Annual administration report of the Civil Veterinary Department of India - 1894-1895
Year: 1894
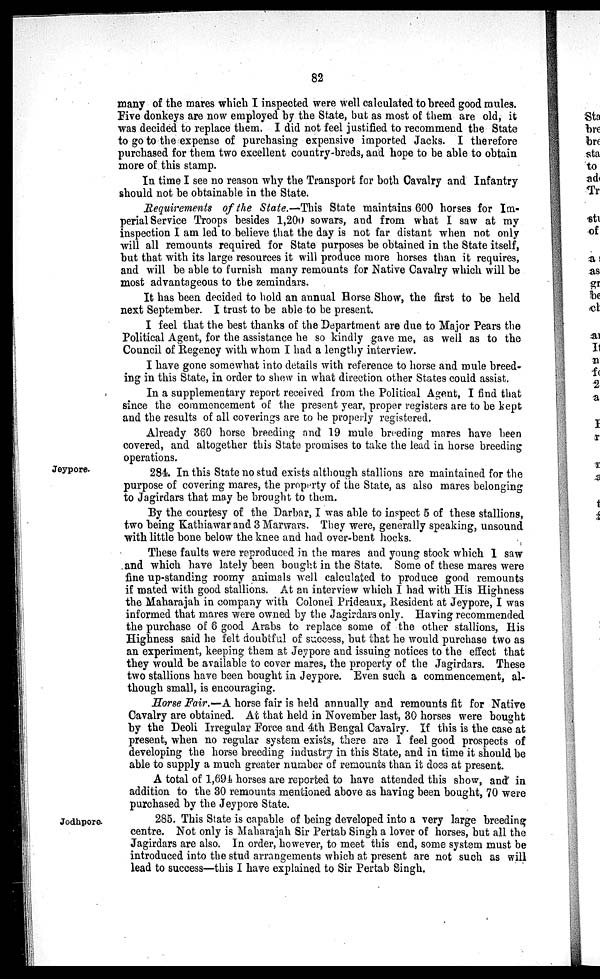
82
many of the mares which I inspected were well calculated to breed good mules.
Five donkeys are now employed by the State, but as most of them are old, it
was decided to replace them. I did not feel justified to recommend the State
to go to the expense of purchasing expensive imported Jacks. I therefore
purchased for them two excellent country-breds, and hope to be able to obtain
more of this stamp.
In time I see no reason why the Transport for both Cavalry and Infantry
should not be obtainable in the State.
Requirements of the State.—This State maintains 600 horses for Im-
perial Service Troops besides 1,200 sowars, and from what I saw at my
inspection I am led to believe that the day is not far distant when not only
will all remounts required for State purposes be obtained in the State itself,
but that with its large resources it will produce more horses than it requires,
and will be able to furnish many remounts for Native Cavalry which will be
most advantageous to the zemindars.
It has been decided to hold an annual Horse Show, the first to be held
next September. I trust to be able to be present.
I feel that the best thanks of the Department are due to Major Pears the
Political Agent, for the assistance he so kindly gave me, as well as to the
Council of Regency with whom I had a lengthy interview.
I have gone somewhat into details with reference to horse and mule breed-
ing in this State, in order to shew in what direction other States could assist.
In a supplementary report received from the Political Agent, I find that
since the commencement of the present year, proper registers are to be kept
and the results of all coverings are to be properly registered.
Already 360 horse breeding and 19 mule breeding mares have been
covered, and altogether this State promises to take the lead in horse breeding
operations.
Jeypore.
284. In this State no stud exists although stallions are maintained for the
purpose of covering mares, the property of the State, as also mares belonging
to Jagirdars that may be brought to them.
By the courtesy of the Darbar, I was able to inspect 5 of these stallions,
two being Kathiawar and 3 Marwars. They were, generally speaking, unsound
with little bone below the knee and had over-bent hocks.
These faults were reproduced in the mares and young stock which 1 saw
and which have lately been bought in the State. Some of these mares were
fine up-standing roomy animals well calculated to produce good remounts
if mated with good stallions. At an interview which I had with His Highness
the Maharajah in company with Colonel Prideaux, Resident at Jeypore, I was
informed that mares were owned by the Jagirdars only. Having recommended
the purchase of 6 good Arabs to replace some of the other stallions, His
Highness said he felt doubtful of success, but that he would purchase two as
an experiment, keeping them at Jeypore and issuing notices to the effect that
they would be available to cover mares, the property of the Jagirdars. These
two stallions have been bought in Jeypore. Even such a commencement, al-
though small, is encouraging.
Horse Fair.—A horse fair is held annually and remounts fit for Native
Cavalry are obtained. At that held in November last, 30 horses were bought
by the Deoli Irregular Force and 4th Bengal Cavalry. If this is the case at
present, when no regular system exists, there are I feel good prospects of
developing the horse breeding industry in this State, and in time it should be
able to supply a much greater number of remounts than it does at present.
A total of 1,694 horses are reported to have attended this show, and in
addition to the 30 remounts mentioned above as having been bought, 70 were
purchased by the Jeypore State.
285. This State is capable of being developed into a very large breeding
centre. Not only is Maharajah Sir Pertab Singh a lover of horses, but all the
Jagirdars are also. In order, however, to meet this end, some system must be
introduced into the stud arrangements which at present are not such as will
lead to success—this I have explained to Sir Pertab Singh.